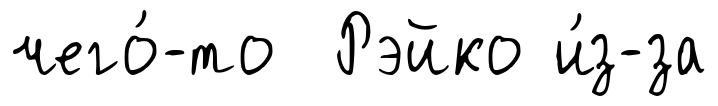
чего́-то Рэйко и́з-за